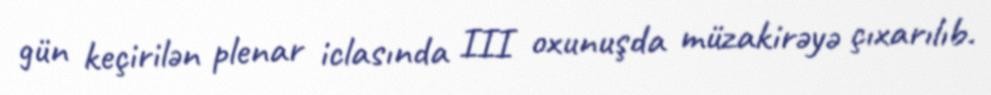
gün keçirilən plenar iclasında III oxunuşda müzakirəyə çıxarılıb.